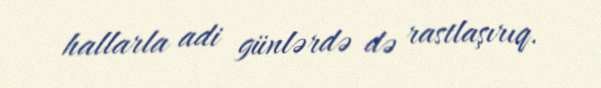
hallarla adi günlərdə də rastlaşırıq.